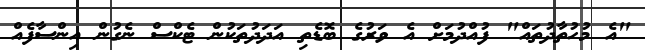
"އެ މުހުތާދުތައް" ފުއްދުމަށް އެ ވަރުގެ ބޮޑެތި އަދަދުތަކުން ޓެކްސް ނެގުން އިންސާފެއް